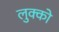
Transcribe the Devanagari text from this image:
लुक्को